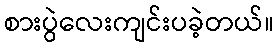
စားပွဲလေးကျင်းပခဲ့တယ်။